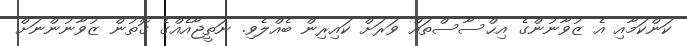
ކަންކަމާއި އެ ޒުވާނުންގެ އިޙްސާސްތައް ވަރަށް ކައިރިން ބެއްލެވި. ނަތީޖާއެއްގެ ގޮތުން ޒުވާނުންނަށް